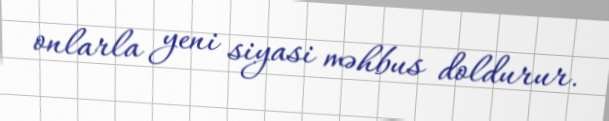
onlarla yeni siyasi məhbus doldurur.